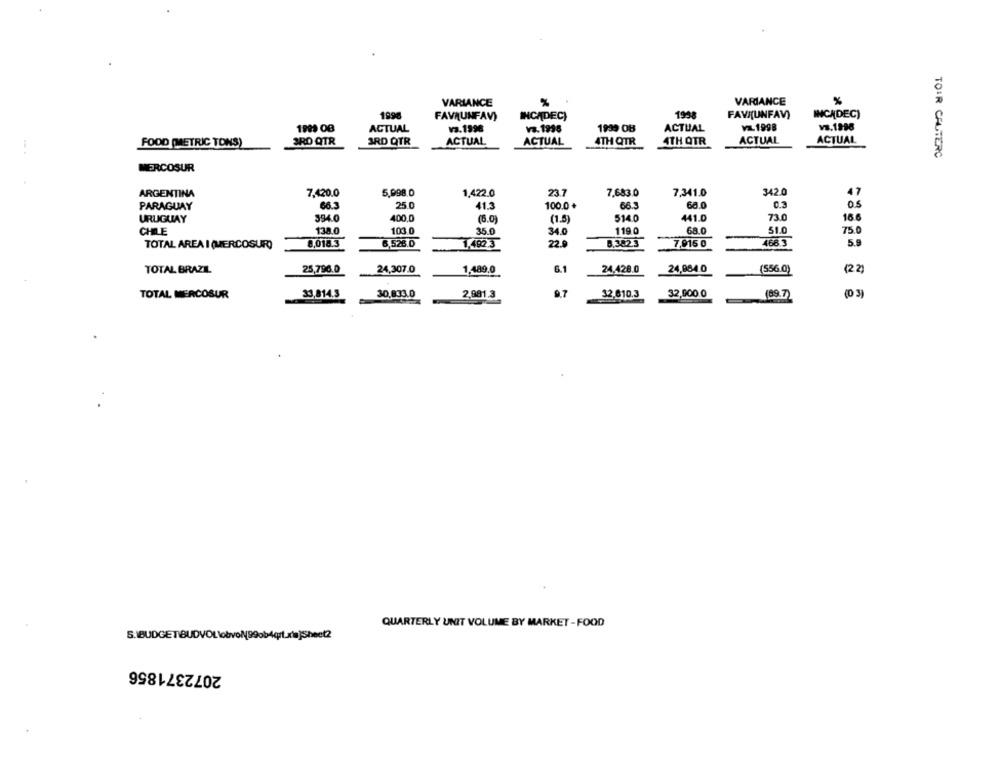
%
VARIANCE
VARDANCE
1998
1958
FAVI(UNFAV)
INCADEC)
FAVAUNFAV)
INCADEC)
ACTUAL
va.1998
va. 1998
1939 OB
ACTUAL
VL1998
v3.1998
FOOD (METRIC TONS)
3RD QTR
3RD QTR
ACTUAL
ACTUAL
4TH QTR
4TH QTR
ACTUAL
ACTUAL
TO:R CAUTERC
MERCOSUR
5,998.0
23.7
342.0
47
ARGENTINA
7.420.0
1,422.0
7,683.0
7,341.0
PARAGUAY
66.3
25.0
41.3
100.0 +
66.3
68.0
0.3
05
URUGUAY
394.0
400.0
(6.0)
(1.5)
514.0
441.0
73.0
16.6
103 0
119.0
68.0
51.0
75.0
CHILE
138.0
35.0
34.0
TOTAL AREA I (MERCOSUR)
8,018.3
6,526.D
1,492.3
22.9
0,382.3
7,915 0
468.3
5.9
25,796.0
24,307.0
6.1
24.428.0
24,984.0
TOTAL BRAZIL
1,489.0
(556.0)
(2 2)
TOTAL MERCOSUR
33,814.3
30.833.0
2,881.3
97
32.610.3
32,900.0
(89.7)
(0 3)
QUARTERLY UNIT VOLUME BY MARKET-FOOD
2072371856